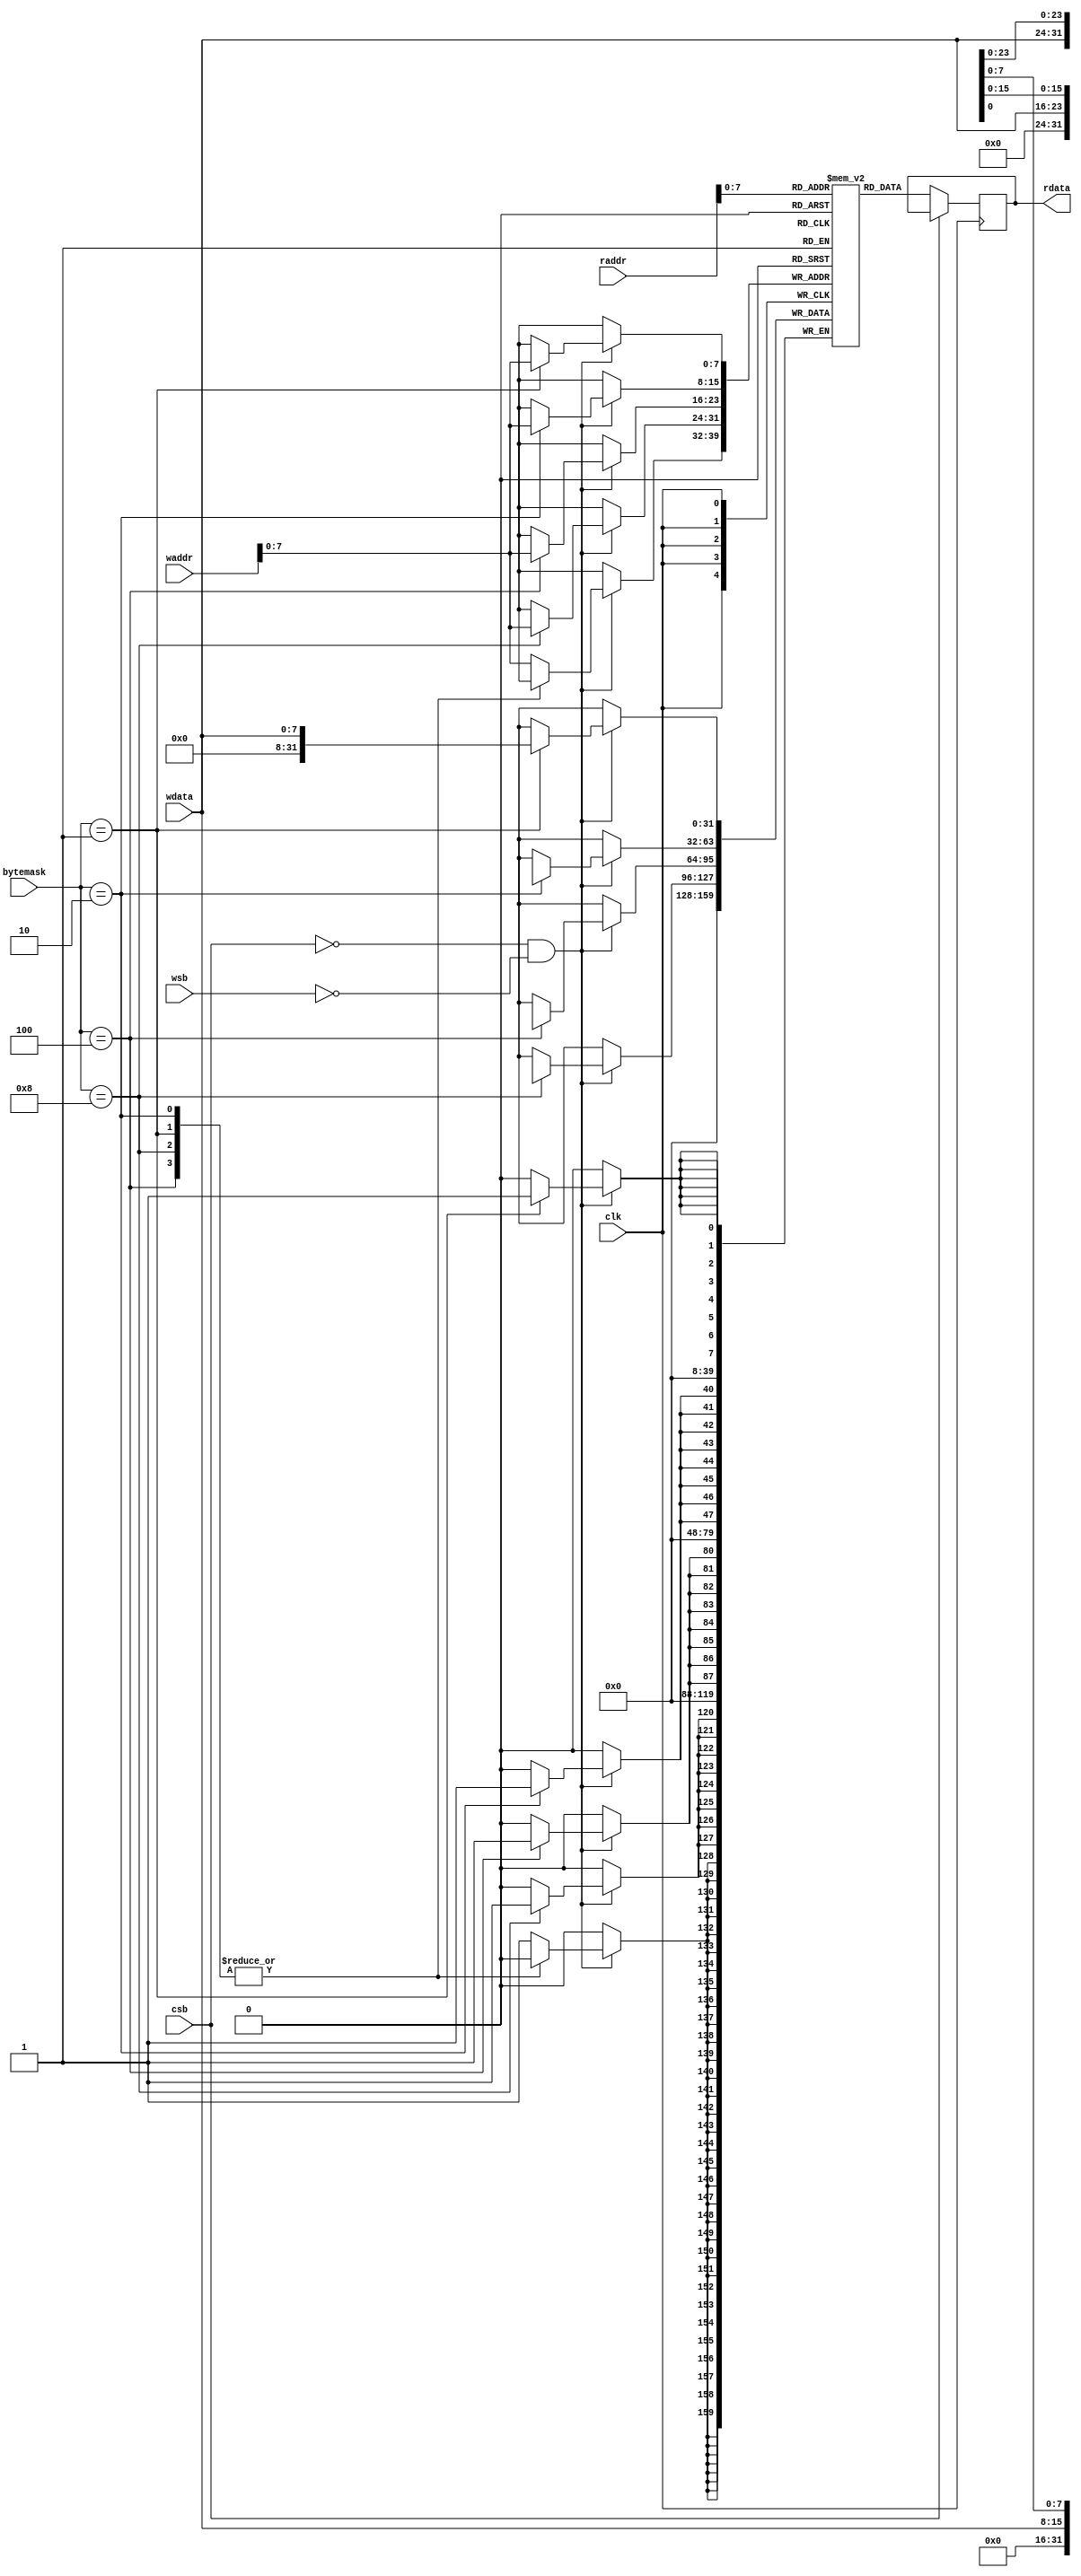
// This program was cloned from: https://github.com/benhuangpf/systolic-array
// License: MIT License

///sram
module sram_128x32b(
input clk,
input [3:0] bytemask,
input csb,  //chip enable
input wsb,  //write enable
input [7:0] wdata, //write data
input [9:0] waddr, //write address
input [9:0] raddr, //read address

output reg [31:0] rdata //read data
);

reg [31:0] _rdata;
reg [31:0] mem[0:256-1];


///////bytemask 
always@(posedge clk) begin
  if(~csb && ~wsb) begin
    case (bytemask)
      4'b0001 : mem[waddr][7:0] <= wdata;
      4'b0010 : mem[waddr][15:8] <= wdata;
      4'b0100 : mem[waddr][23:16] <= wdata;
      4'b1000 : mem[waddr][31:24] <= wdata;
      default: mem[waddr] <= 0; 
    endcase
  end
end
always@(posedge clk) begin
  if(~csb) begin
    _rdata <= mem[raddr];
  end
end


always@*
begin
    //rdata = #(`cycle_period*0.2) _rdata;
    rdata =  _rdata;
end



task char2sram(
 input [31:0]index,
 input [31:0]char_in
);

  mem[index] = char_in;

endtask
 

task display;

integer this_i, this_j;
reg signed [7:0] index_0,index_1,index_2,index_3;
  begin
    for(this_i=0;this_i< 80;this_i=this_i+1) begin
          index_0 = mem[this_i][31:24];
          index_1 = mem[this_i][23:16];
          index_2 = mem[this_i][15:8];
          index_3 = mem[this_i][7:0];
          $write("%d %d %d %d \n",index_0,index_1,index_2,index_3);
    end
  end

endtask


endmodule